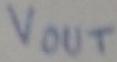
Text: Vout